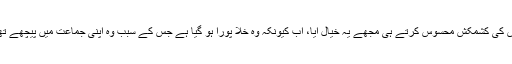
اس کی کشمکش محسوس کرتے ہی مجھے یہ خیال آیا، اب کیونکہ وہ خلا پورا ہو گیا ہے جس کے سبب وہ اپنی جماعت میں پیچھے تھا۔